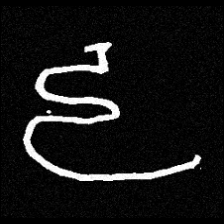
Pyu character \u2014 Myanmar letter: ဠ (romanized: lla)